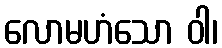
လောမဟံသော ဝါ၊